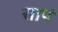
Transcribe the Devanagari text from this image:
सापं